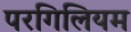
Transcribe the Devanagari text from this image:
परगिलियम